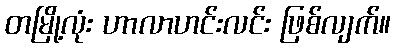
တမြို့လုံး ဟာလာဟင်းလင်း ဖြစ်လျက်။